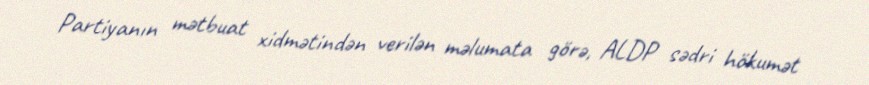
Partiyanın mətbuat xidmətindən verilən məlumata görə, ALDP sədri hökumət